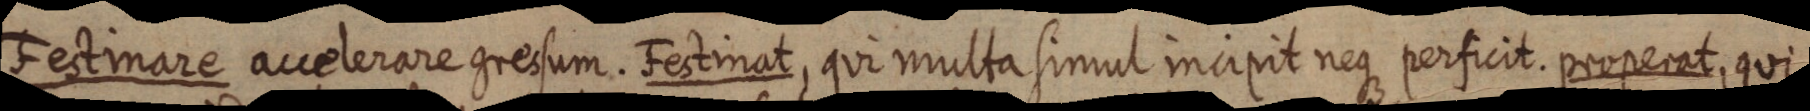
Festimare accelerare gressum. Festinat, qui multa simul incipit neque perficit. properat, qui